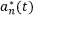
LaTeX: a _ { n } ^ { * } ( t )